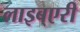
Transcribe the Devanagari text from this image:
लाइब्एरी